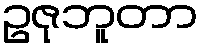
ဥဇုဘူတာ